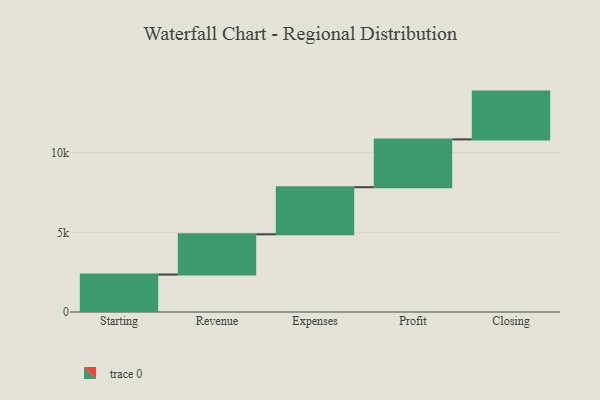
{"axis": {"x": "Step", "y": "Value"}, "legend": [""], "data": [{"x": "Starting", "y": 2350.0, "type": ""}, {"x": "Revenue", "y": 2524.0, "type": ""}, {"x": "Expenses", "y": 2958.0, "type": ""}, {"x": "Profit", "y": 3000, "type": ""}, {"x": "Closing", "y": 3000, "type": ""}]}